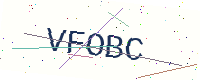
Text: VFOBC